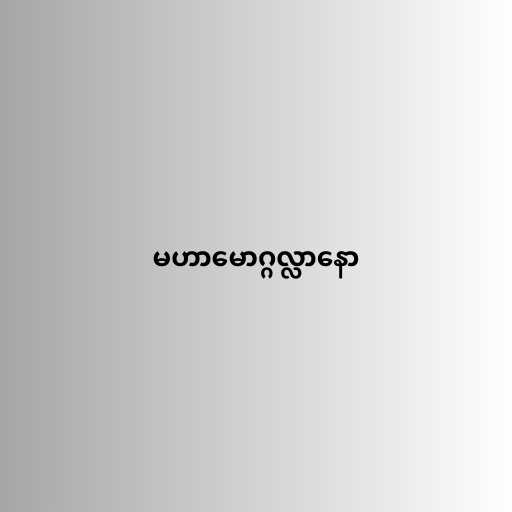
မဟာမောဂ္ဂလ္လာနော